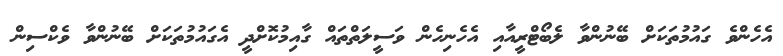
އެހެންވެ ގައުމުތަކަށް ބޭނުންވާ ލެބޯޓްރީއާއި އެހެނިހެން ވަސީލަތްތައް ގާއިމުކޮށްދީ އެގައުމުތަކަށް ބޭނުންވާ ވެކްސިން